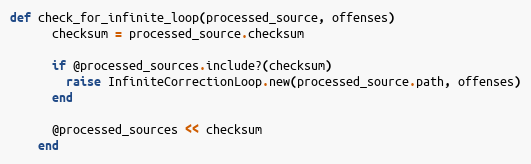
Language: Ruby
def check_for_infinite_loop(processed_source, offenses)
      checksum = processed_source.checksum

      if @processed_sources.include?(checksum)
        raise InfiniteCorrectionLoop.new(processed_source.path, offenses)
      end

      @processed_sources << checksum
    end